Report on vaccination in Madras 1922-1929 - 1922-1929
Year: 1922
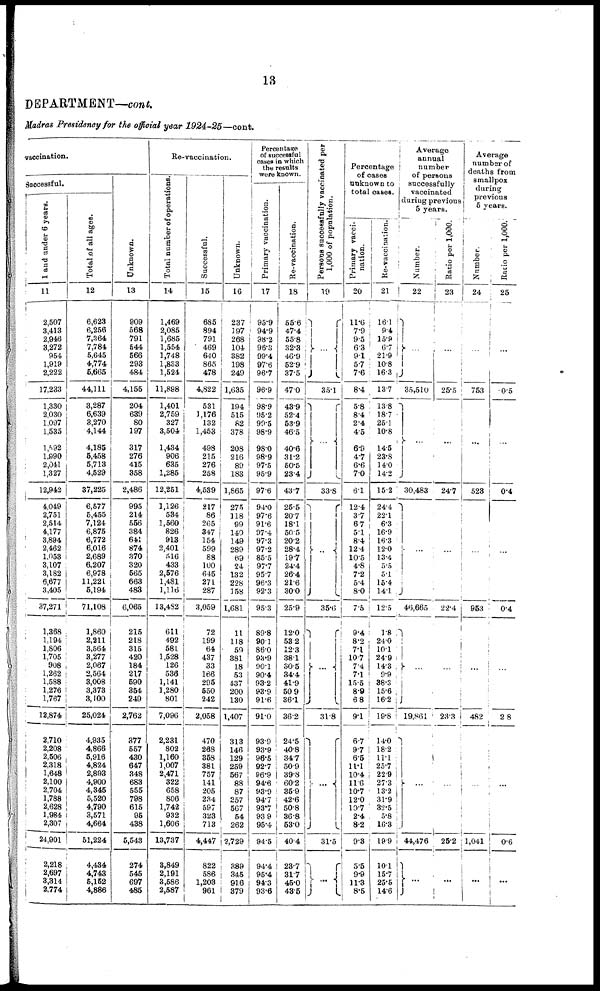
13
DEPARTMENT—cont.
Madras Presidency for the official year 1924-25—cont.
vaccination.
Successful.
1 and under 6 years.
11
2,507
3,413
2,946
3,272
954
1,919
2,222
17,233
1,330
2,030
1,097
1,535
l,592
1,990
2,041
1,327
12,942
4,049
2,751
2,514
4,177
3,894
2,462
1,053
3,107
3,182
6,677
3,405
37,271
1,368
1,194
1,806
1,705
908
1,262
1,588
1,276
1,767
12,874
3,710
2,208
2,506
2,318
1,648
2,100
2,704
1,788
2,628
1,984
2,307
24,901
2,218
2,697
3,814
2,774
Total of all ages.
12
6,623
6,256
7,364
7,784
5,645
4,774
6,665
44,111
8,287
6,639
3,270
4,144
4,185
6,458
5,713
4,529
37,225
6,577
6,455
7,124
6,875
6,772
6,016
2,689
6,207
6,978
11,221
5,194
71,108
1,860
2,211
3,564
3,277
2,067
2,564
3,008
3,373
3,100
25,024
4,935
4,866
5,916
4,824
2,893
4,900
4,345
5,520
4,790
3,571
4,664
61,224
4,434
1
4,743
5,152
4,886
Unknown.
13
909
568
791
644
566
293
484
4,155
204
639
80
197
317
276
415
858
2,486
995
214
556
384
641
874
370
320
565
663
483
6,065
215
218
315
420
184
217
690
354
249
2,762
377
557
430
847
348
683
555
798
615
95
438
5,543
274
545
697
486
Re-vaccination.
Total number of operations.
14
1,469
2,085
1,685
1,554
1,748
1,833
1,524
11,898
1,401
2,759
327
3,504
1,434
906
635
1,285
12,251
1,126
534
1,560
826
913
2,401
516
433
2,576
1,481
1,116
13,482
611
492
581
1,528
126
536
1,141
1,280
801
7,096
2,231
802
1,160
1,007
2,471
322
658
806
1,742
932
1,606
13,737
3,849
2,191
3,586
2,587
Successful.
15
685
894
791
469
640
865
478
4,822
531
1,176
132
1,453
498
215
276
258
4,539
217
86
265
347
154
599
88
100
645
271
287
3,059
72
199
64
437
33
166
295
550
242
2,058
470
268
358
381
757
141
205
234
597
323
713
4,447
822
586
1,203
961
Unknown.
16
237
197
268
104
382
198
249
1,635
194
515
82
378
208
216
89
183
1,865
275
118
99
140
149
289
69
24
132
228
158
1,681
11
118
59
381
18
53
437
200
130
1,407
313
146
129
259
567
88
87
257
567
54
262
2,729
389
345
916
879
Percentage
of successful
cases in which
the results
were known
Primary vaccination.
17
95.9
94.9
98.2
96.8
99.4
97.6
96.7
96.9
98.9
95.2
99.5
98.9
98.0
98.9
97.5
95.9
97.6
94.0
97.6
91.6
97.4
97.3
97.2
85.5
97.7
95.7
96.3
92.3
95.3
89.8
90.1
86.0
93.9
90.1
90.4
93.2
93.9
91.6
91.0
93.9
93.9
96.5
92.7
96.9
94.6
93.9
94.7
93.7
93.9
95.4
94.5
94.4
95.4
94.3
93.6
Re-vaccination.
18
55.6
47.4
55.8
32.3
46.9
52.9
37.5
47.0
43.9
52.4
53.9
46.5
40.6
31.2
50.5
23.4
43.7
25.5
20.7
18.1
50.5
20.2
28.4
19.7
24.4
26.4
21.6
30.0
25.9
12.0
53.2
12.3
38.1
80.5
34.4
41.9
50.9
36.1
36.2
24.5
40.8
34.7
50.9
39.8
60.2
35.9
42.6
50.8
36.8
53.0
40.4
28.7
31.7
45.0
43.5
Persons successfully vaccinated per
1,000 of population.
19
...
35.1
...
33.8
...
35.6
...
31.8
...
31.5
...
Percentage
of cases
unknown to
total cases.
Primary vacci-
nation.
20
11.6
7.9
9.5
6.3
9.1
5.7
7.6
8.4
5.8
8.4
2.4
4.5
6.9
4.7
6.6
7.0
6.1
12.4
3.7
6.7
5.1
8.4
12.4
10.5
4.8
7.2
5.4
8.0
7.5
9.4
8.2
7.1
10.7
7.4
7.1
15.5
8.9
6.8
9.1
6.7
9.7
6.6
11.1
10.4
11.6
10.7
12.0
10.7
2.4
8.2
9.3
5.5
9.9
11.3
8.5
Re-vaccination.
21
16.1
9.4
15.9
6.7
21.9
10.8
16.3
13.7
13.8
18.7
25.1
10.8
14.5
23.8
14.0
14.2
15.2
24.4
22.1
6.3
16.9
16.3
12.0
13.4
5.5
5.1
15.4
14.1
12.5
1.8
24.0
10.1
24.9
14.3
9.9
88.3
15.6
16.2
19.8
14.0
18.2
11.1
25.7
22.9
27.3
13.2
31.9
82.5
5.8
16.3
19.9
10.1
15.7
25.5
14.6
Average
annual
number
of persons
successfully
vaccinated
during previous
5 years.
Number.
22
...
35,510
...
30,483
...
46,665
...
19,861
...
44,476
...
Ratio per 1,000.
23
...
25.5
...
24.7
...
22.4
...
23.3
...
25.2
...
Average
number of
deaths from
smallpox
during
previous
5 years.
Number.
24
...
753
...
523
...
963
...
482
...
1,041
...
Ratio per 1,000.
25
...
0.5
...
0.4
...
0.4
...
2.8
...
0.6
...